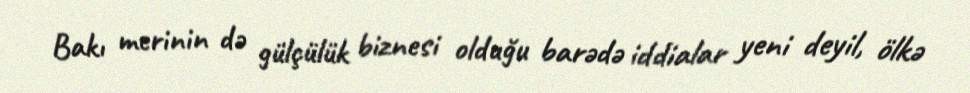
Bakı merinin də gülçülük biznesi olduğu barədə iddialar yeni deyil, ölkə